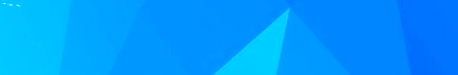
SPEED LIMIT 60